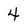
Character: 4